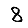
Digit: 8